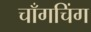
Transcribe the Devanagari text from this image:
चाँगचिंग